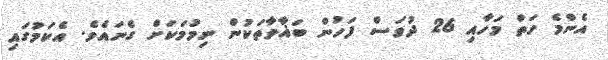
އެންމެ ހަތް މަހާއި 26 ދުވަސް ފަހުން ބަޣާވާތަކުން ނިމުމަކަށް ގެނައެވެ. އެކަމުގައި